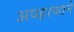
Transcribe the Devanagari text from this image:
अपहरणाने